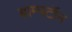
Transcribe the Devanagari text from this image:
ब्राम्पटॉन